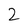
Character: 2